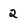
Character: 2